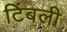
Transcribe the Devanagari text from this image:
टिंबली